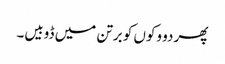
پھر دو وکوں کو برتن میں ڈوبیں۔